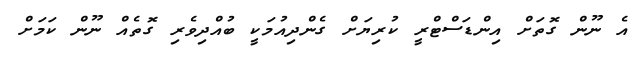
އެ ނޫން ގޮތަށް އިންޑަސްޓްރީ ކުރިޔަށް ގެންދިއުމަކީ ބުއްދިވެރި ގޮތެއް ނޫން ކަމަށް